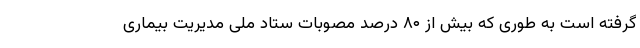
گرفته است به طوری که بیش از ۸۰ درصد مصوبات ستاد ملی مدیریت بیماری